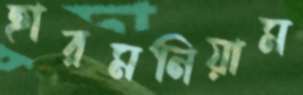
হারমনিয়াম